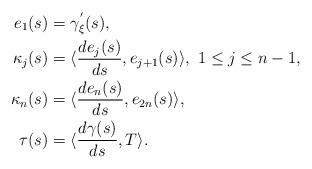
LaTeX: \begin{align*}e_1(s)&=\gamma_{\xi}^{'}(s),\\\kappa_j(s)&=\langle\frac{de_j(s)}{ds},e_{j+1}(s)\rangle, \ 1\leq j\leq n-1, \\\kappa_n(s)&=\langle\frac{de_n(s)}{ds},e_{2n}(s)\rangle,\\\tau(s)&=\langle\frac{d\gamma(s)}{ds}, T\rangle.\end{align*}